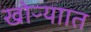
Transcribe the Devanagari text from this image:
खोऱ्याात